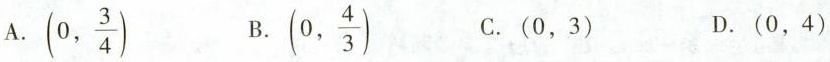
A.(0, \frac{3}{4}) B. (0, \frac{4}{3}) C.(0，3) D.(0，4)